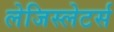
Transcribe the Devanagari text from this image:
लेजिस्लेटर्स